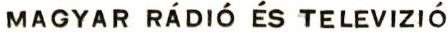
MAGYAR RÁDIÓ ÉS TELEVIZIÓ